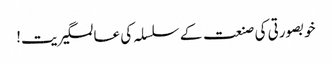
خوبصورتی کی صنعت کے سلسلہ کی عالمگیریت!